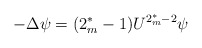
\begin{align*}-\Delta\psi=(2_{m}^{*}-1)U^{2_{m}^{*}-2}\psi\end{align*}